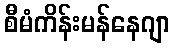
စီမံကိန်းမန်နေဂျာ